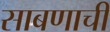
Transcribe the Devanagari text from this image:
साबणाची